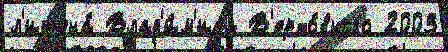
л'ишена́ Влад'и́м'иру В'ерхо́вного 2003